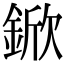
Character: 鍁